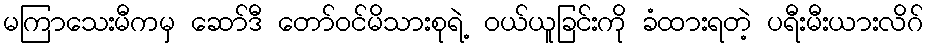
မကြာသေးမီကမှ ဆော်ဒီ တော်ဝင်မိသားစုရဲ့ ဝယ်ယူခြင်းကို ခံထားရတဲ့ ပရီးမီးယားလိဂ်